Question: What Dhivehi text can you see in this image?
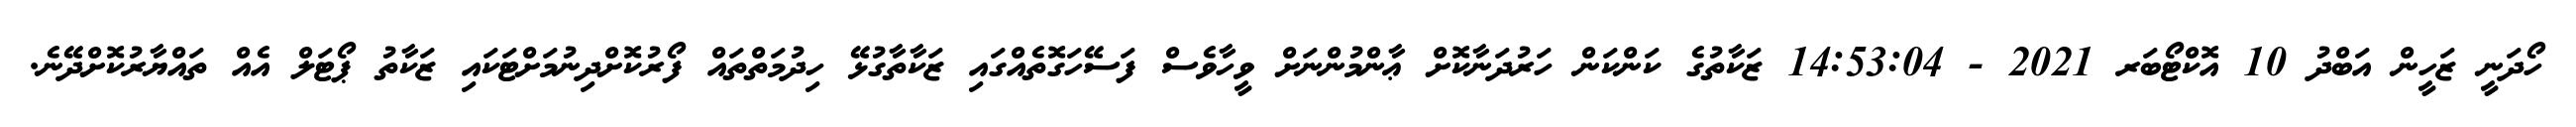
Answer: ހޯދަނީ ޒަހީން އަބްދު 10 އޮކްޓޯބަރ 2021 - 14:53:04 ޒަކާތުގެ ކަންކަން ހަރުދަނާކޮށް ޢާންމުންނަށް ވީހާވެސް ފަސޭހަގޮތެއްގައި ޒަކާތާގުޅޭ ހިދުމަތްތައް ފޯރުކޮށްދިނުމަށްޓަކައި ޒަކާތު ޕޯޓަލް އެއް ތައްޔާރުކޮށްދޭނެ.